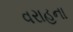
વરાહના